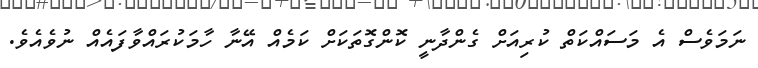
ނަމަވެސް އެ މަސައްކަތް ކުރިއަށް ގެންދާނީ ކޮންގޮތަކަށް ކަމެއް އޭނާ ހާމަކުރައްވާފައެއް ނުވެއެވެ.